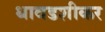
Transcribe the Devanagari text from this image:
धावडशीकर